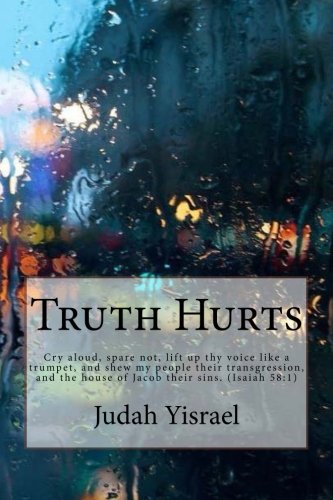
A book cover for Truth Hurts: ..you will be hated by all nations ..; Judah Yisrael; History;